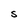
Character: S